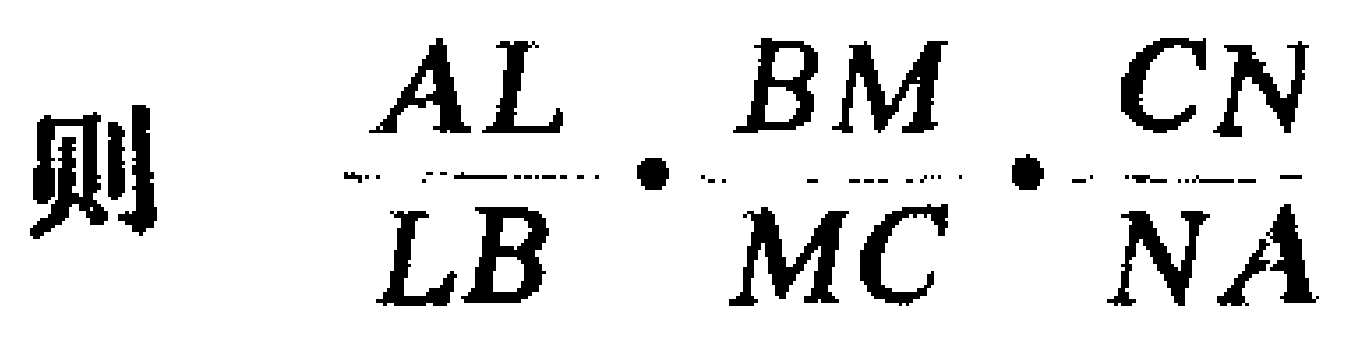
则 $\frac{AL}{LB} \cdot \frac{BM}{MC} \cdot \frac{CN}{NA}$